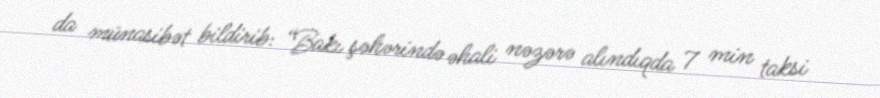
da münasibət bildirib: “Bakı şəhərində əhali nəzərə alındıqda 7 min taksi